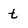
Character: t